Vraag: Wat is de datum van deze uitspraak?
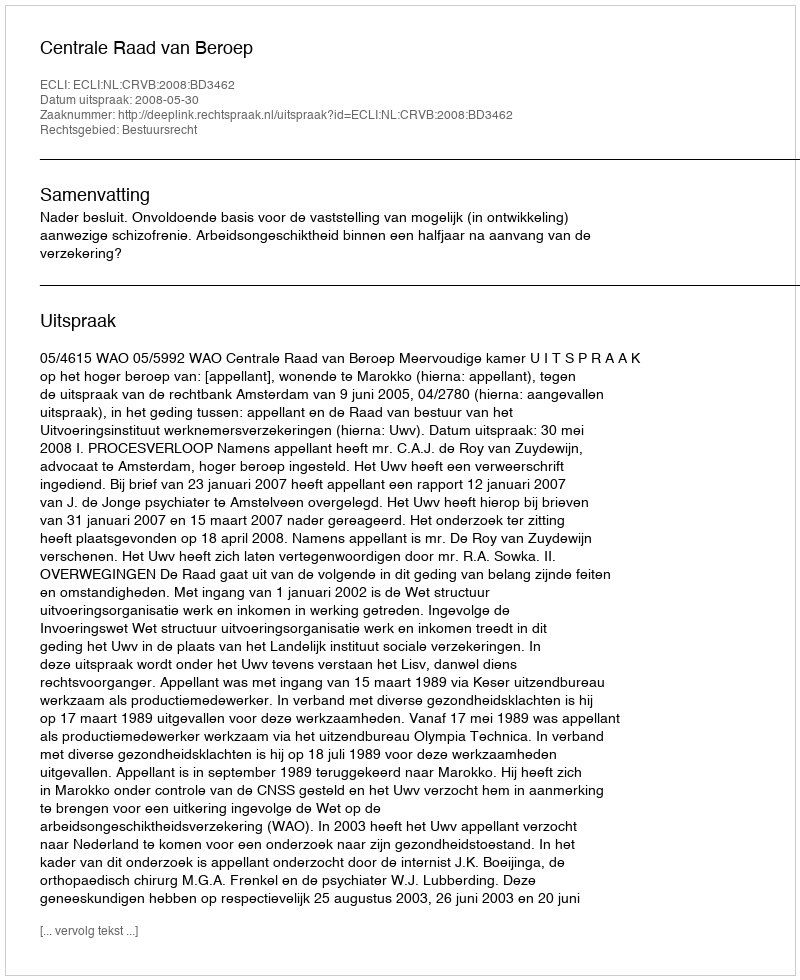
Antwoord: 2008-05-30